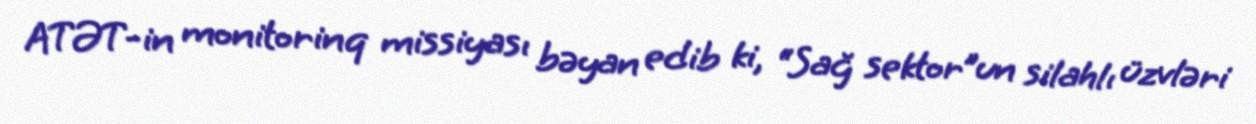
ATƏT-in monitorinq missiyası bəyan edib ki, “Sağ sektor”un silahlı üzvləri